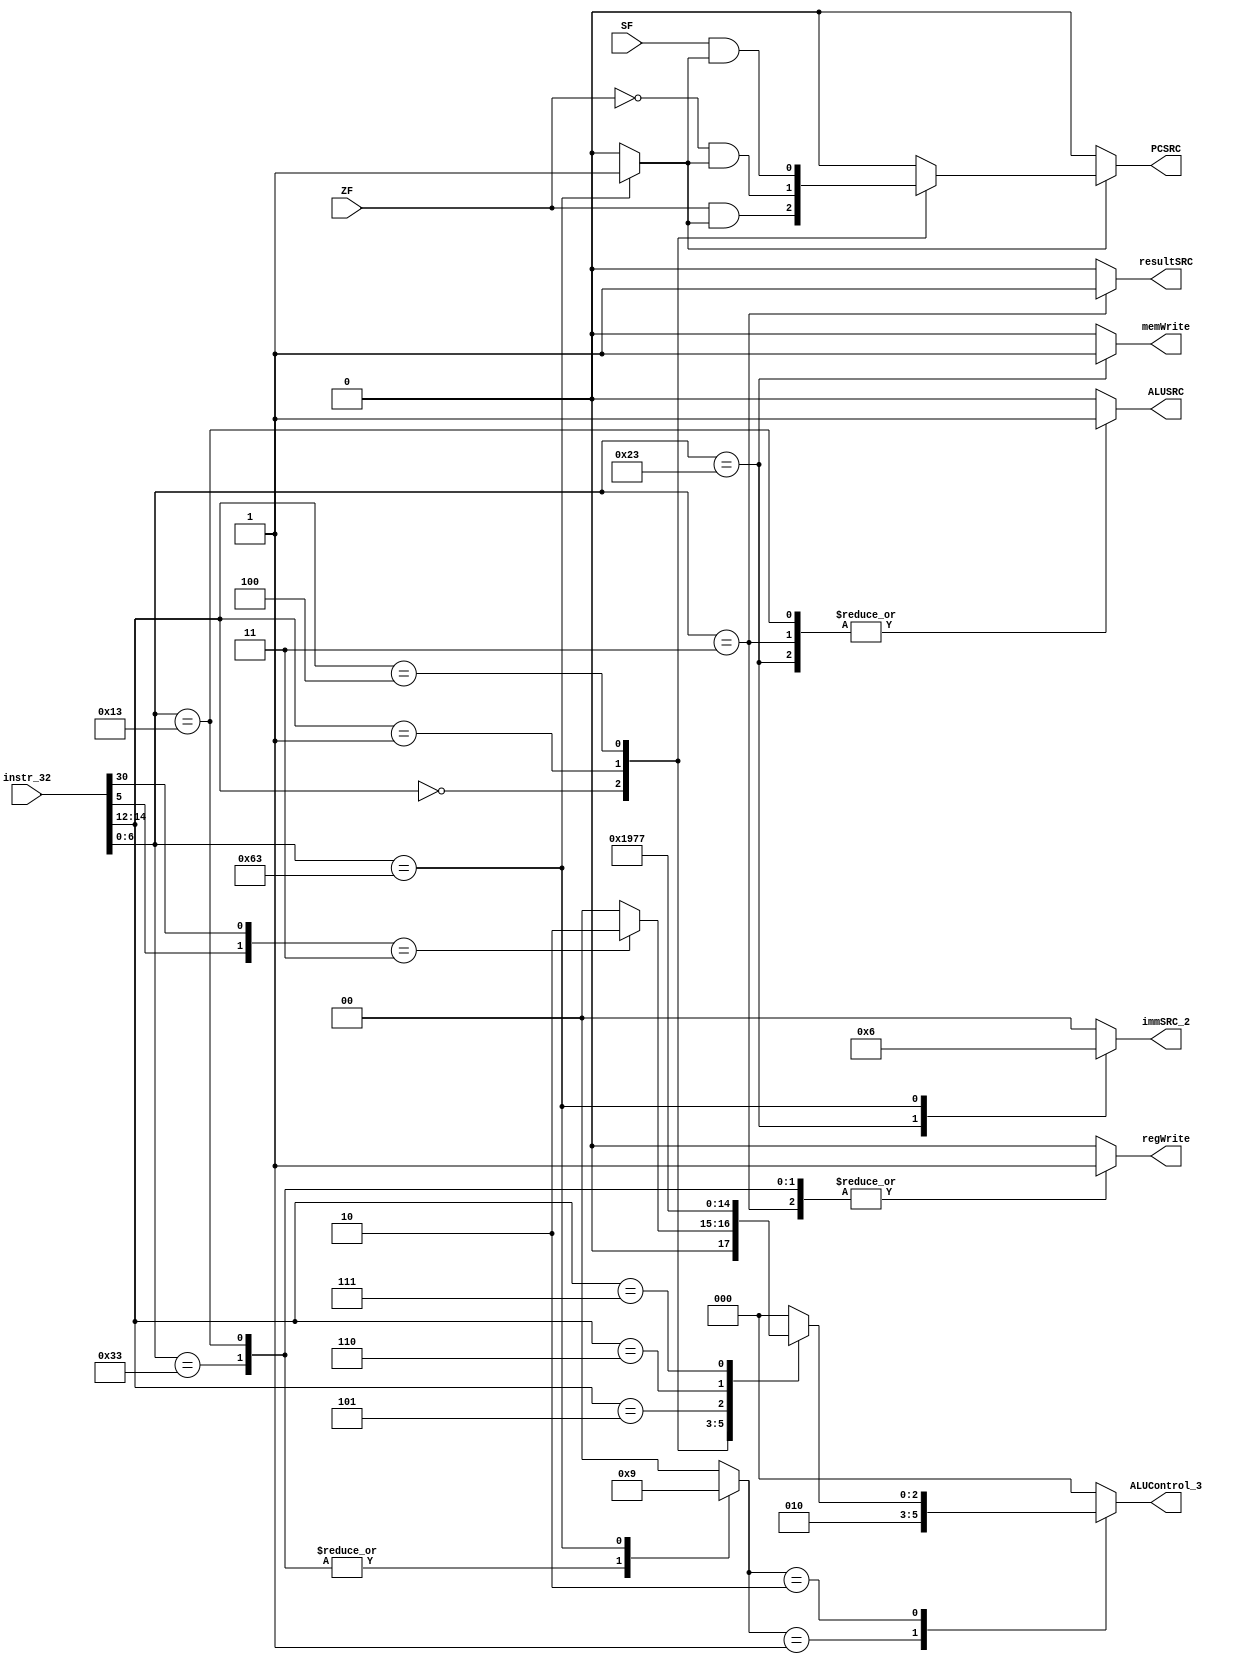
/************************************************************************************************************************************************************************
 * File Description:
 * Module      : Control Unit
 * Level  	   : Low
 * Description : This file Contains the Control Unit for 32-bit RISC-V Micrprocessor
 * Project	   : 32-Bit RISC-V Microprocessor
 ***********************************************************************************************************************************************************************/
module RISC_CTRL_UNIT (
    input [31:0]instr_32,
    input ZF,
    input SF,
    output reg PCSRC,
    output reg resultSRC,
    output reg memWrite,
    output reg  [2:0]ALUControl_3,
    output reg ALUSRC,
    output reg [1:0]immSRC_2,
    output reg regWrite
);

/**Instuction Fields Definition and Assignment**/
    wire [6:0]op_7;
    wire [2:0]funct3_3;
    wire funct7;
    assign op_7=instr_32[6:0];
    assign funct3_3[2:0]=instr_32[14:12];
    assign funct7=instr_32[30];
/***Temporary Wires used inside the modeule**/
    reg branch;
    reg [1:0]ALUOP_2;
    /**Defining the different tyes of instructions as Parameters**/
    localparam LOAD_WORD= 7'b000_0011;
    localparam STORE_WORD= 7'b010_0011;
    localparam R_TYPE= 7'b011_0011;
    localparam I_TYPE= 7'b001_0011;
    localparam BRANCH_INSTR= 7'b1100011;
/**Main Decoder Always block, here the main signals from the main deccoder are updated**/
always @(*)
begin
case(op_7)
LOAD_WORD:
/**In case of Load word type of instructions**/
begin
regWrite=1'b1;
immSRC_2=2'b00;
ALUSRC=1'b1;
memWrite=1'b0;
resultSRC=1'b1;
branch=1'b0;
ALUOP_2=2'b00;
end
STORE_WORD:
/**In case of store word type of instructions**/
begin
regWrite=1'b0;
immSRC_2=2'b01;
ALUSRC=1'b1;
memWrite=1'b1;
resultSRC=1'b0;
branch=1'b0;
ALUOP_2=2'b00;
end
R_TYPE:
/**In case of R-type of instructions**/
begin
regWrite=1'b1;
immSRC_2=2'b00;
ALUSRC=1'b0;
memWrite=1'b0;
resultSRC=1'b0;
branch=1'b0;
ALUOP_2=2'b10;
end
I_TYPE:
/**In case of I-type of instructions**/
begin
regWrite=1'b1;
immSRC_2=2'b00;
ALUSRC=1'b1;
memWrite=1'b0;
resultSRC=1'b0;
branch=1'b0;
ALUOP_2=2'b10;
end
BRANCH_INSTR:
/**In case of Branch type of instructions**/
begin
regWrite=1'b0;
immSRC_2=2'b10;
ALUSRC=1'b0;
memWrite=1'b0;
resultSRC=1'b0;
branch=1'b1;
ALUOP_2=2'b01;
end
default:
begin
regWrite=1'b0;
immSRC_2=2'b00;
ALUSRC=1'b0;
memWrite=1'b0;
resultSRC=1'b0;
branch=1'b0;
ALUOP_2=2'b00;
end
endcase
end
/**The ALU Decoder Always block here the ALU control signals are updated**/
always@(*)
begin
case(ALUOP_2)
2'b00:/**LW and SW instructions**/
ALUControl_3=3'b000;

2'b01:/**BEQ BNQ BLT instructions**/
ALUControl_3=3'b010;


2'b10:/**R-Type and I-type instructions**/
case(funct3_3)
3'b000:
if(~({op_7[5],funct7}==2'b11))
ALUControl_3=3'b000;/**ADD instruction**/
else
ALUControl_3=3'b010;/**SUB instruction**/

3'b001:
ALUControl_3=3'b001;/**SHL instruction**/

3'b100:
ALUControl_3=3'b100;/**XOR instruction**/

3'b101:
ALUControl_3=3'b101;/**SHR instruction**/

3'b110:
ALUControl_3=3'b110;/**OR instruction**/

3'b111:/**AND instruction**/
ALUControl_3=3'b111;
default:
ALUControl_3=3'b000;

endcase

default:
ALUControl_3=3'b000;

endcase

end
/**This Always Block calculates The PCSRC signal which depends on the type of the branch instruction**/
always @(*)
begin
    if(branch==1'b1)
    case(funct3_3)
    3'b000:/**BEQ instruction**/
    PCSRC=ZF&branch;

    3'b001:/**BNQ instruction**/
    PCSRC=(~ZF)&branch;
    
    3'b100:/**BLT instruction**/
    PCSRC=SF&branch;
    default 
    PCSRC=0;
    endcase
    else
    PCSRC=0;
end

endmodule